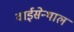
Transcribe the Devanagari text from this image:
वाईसेन्थाल